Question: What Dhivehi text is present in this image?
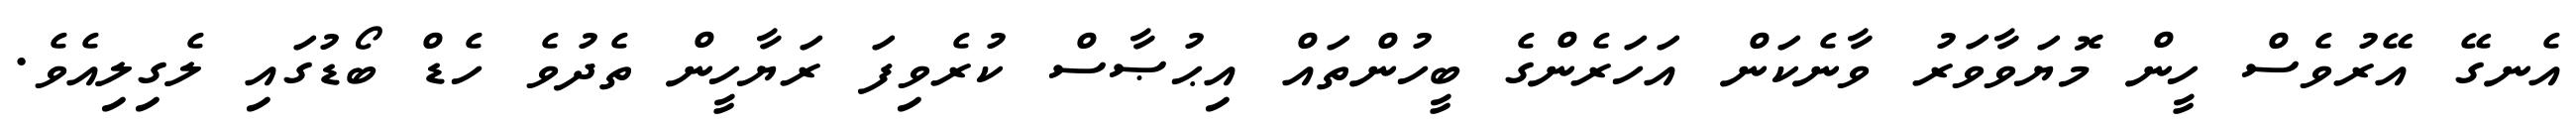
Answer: އެނގޭ އޭރުވެސް ހީން މޮޔަވާވަރު ވާނެކަން އަހަރެންގެ ބީހުންތައް އިޙުޞާސް ކުރެވިފަ ރަޔާހީން ތެދުވެ ހެޑް ބޯޑުގައި ލެގިލިއެވެ.